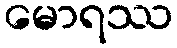
မောရဿ